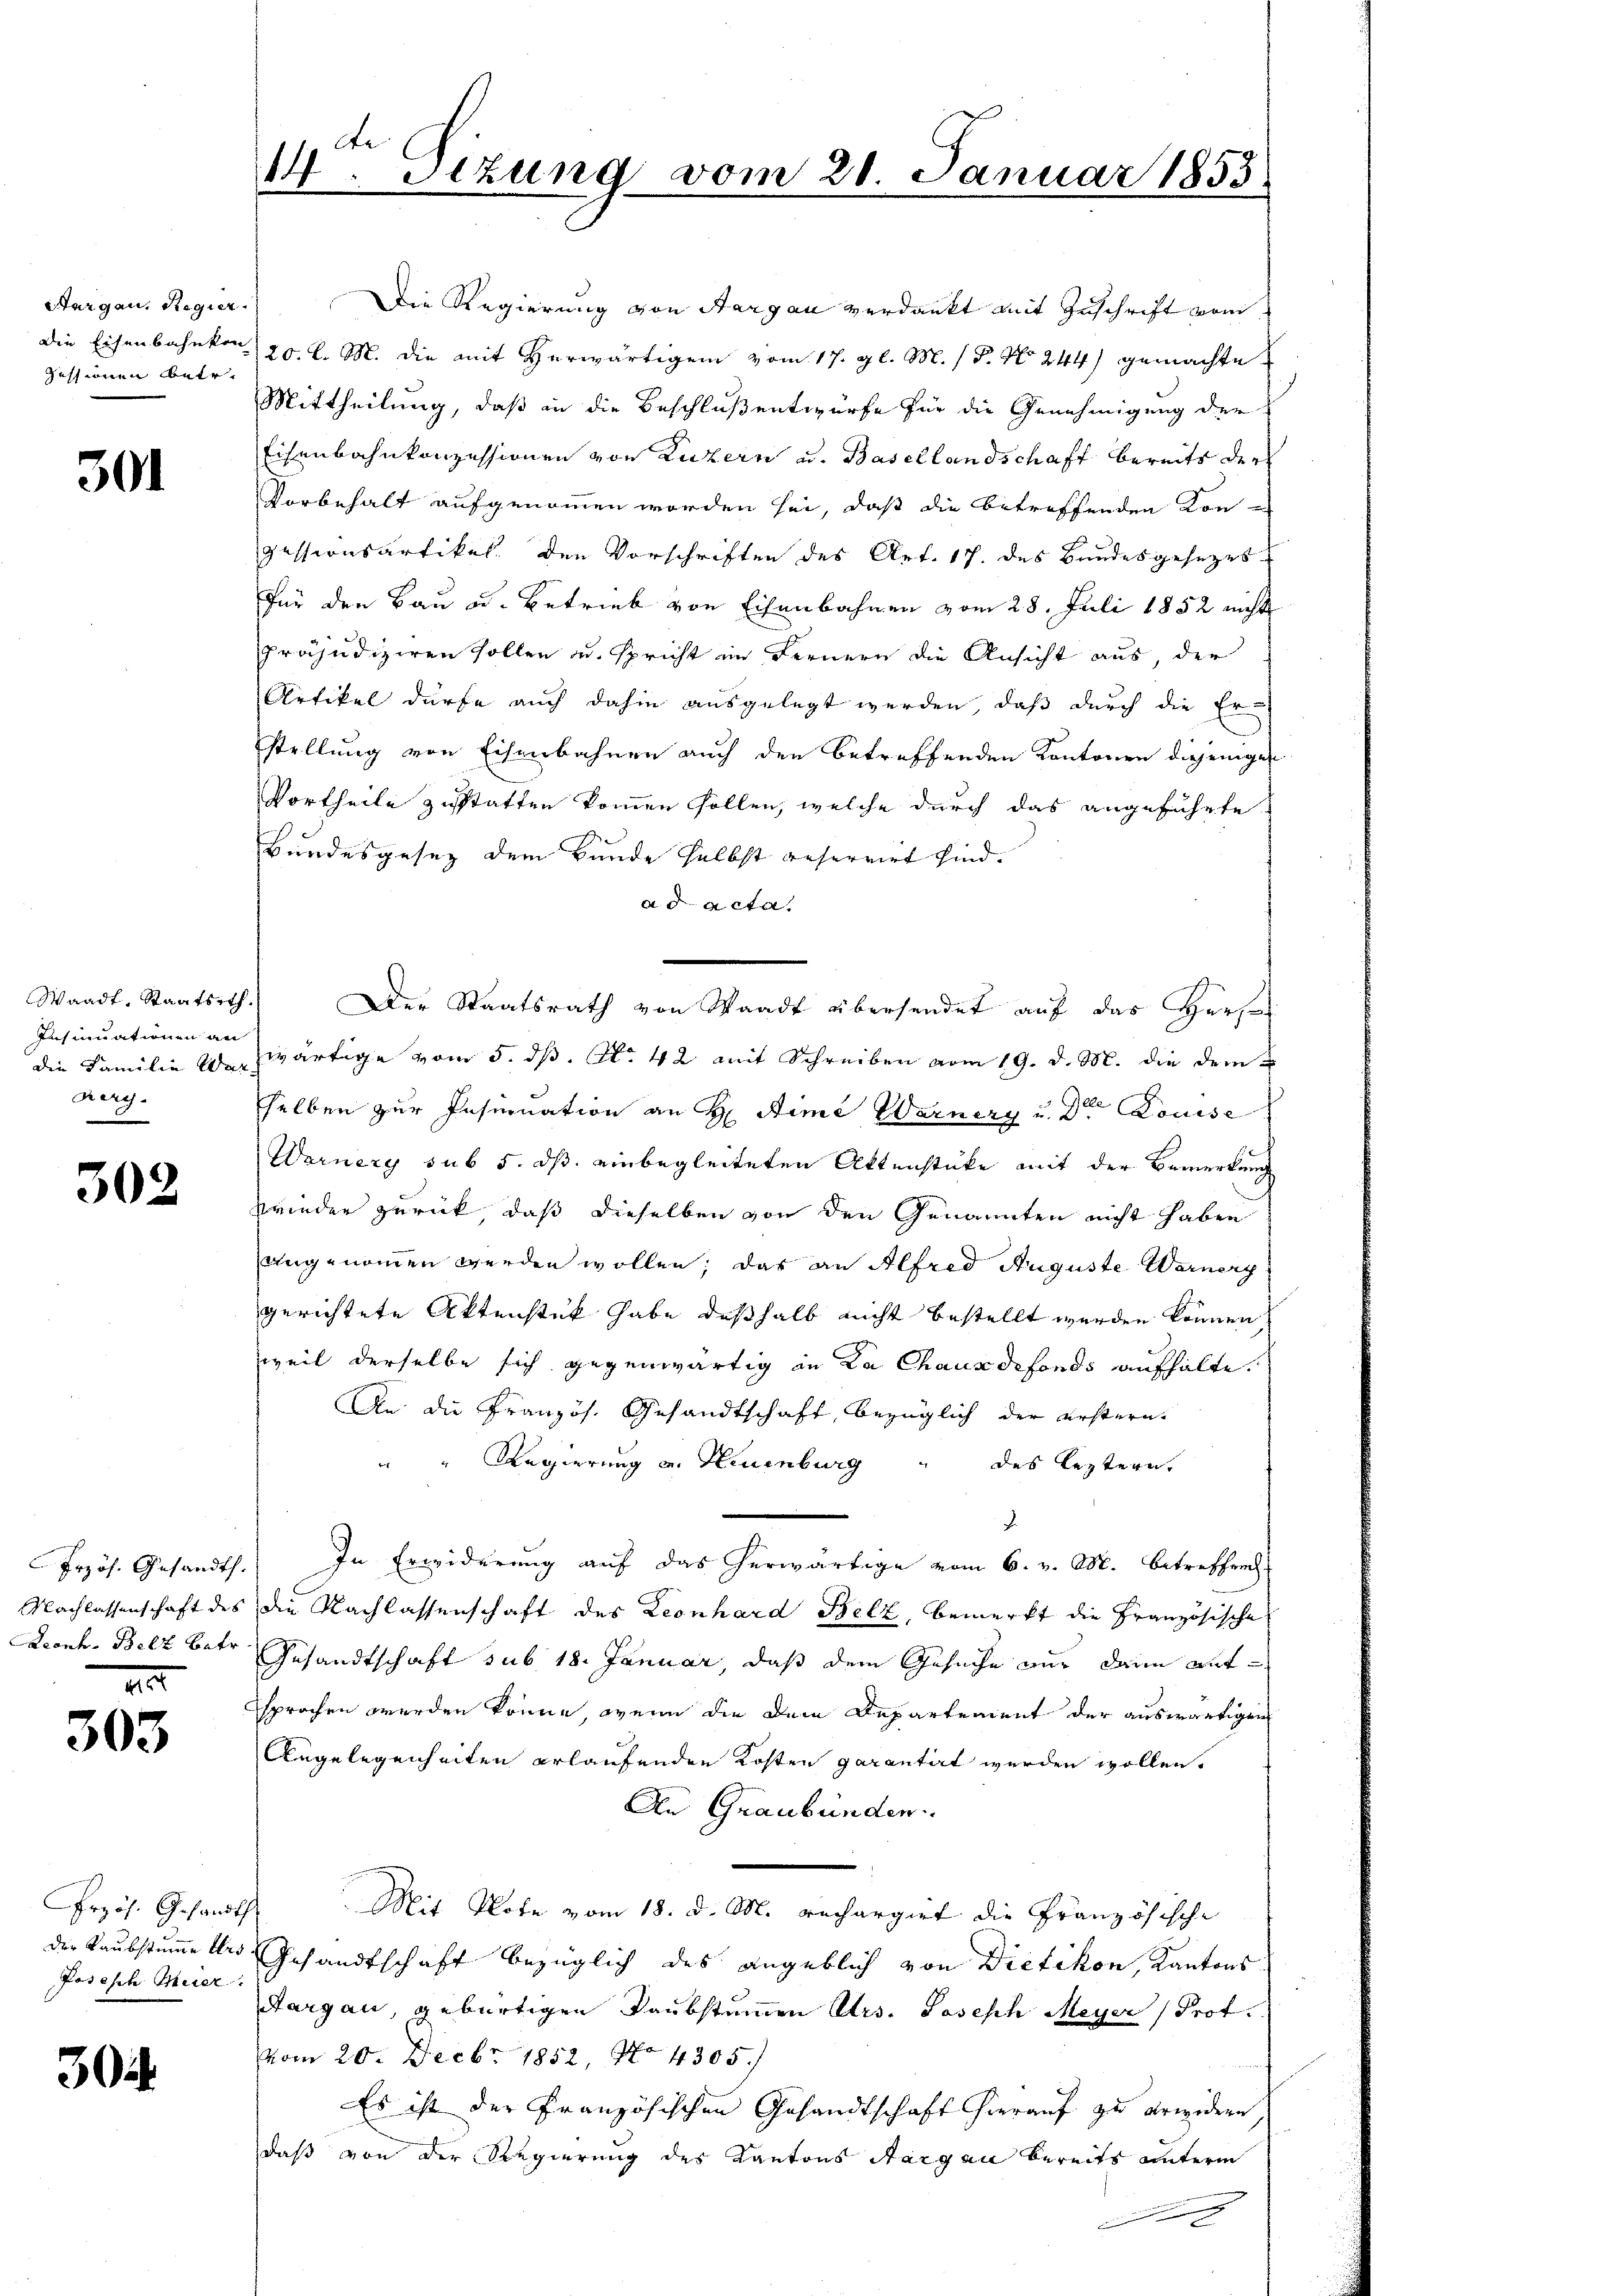
Aargau, Regier
Die Eisenbahnkon
zessinen betr.

301

Waadt, Staatsrth.
Insinuationen an
Kery.

302

Nachlassenschaft des

303

Przös. Gesandts
Posisch Meier.

30

14. Setzung vom 21. Januar 1853

Die Regierung von Aargau verdankt mit Zuschrift vom
20. l. M. die mit herwärtigem vom 17. gl. M. P. No 244) gemachte
Mittheilung, daß in die Beschluß entwürfe für die Genehmigung der
Eisenbahnkonzessionen von Luzern u. Basellandschaft bereits der
Vorbehalt aufgenommen worden sei, daß die betreffenden Kon-
Zessionsartikel. Den Vorschriften des Art. 17. des Bundesgesezes
Für den Bau u. Betrieb von Eisenbahnen vom 28. Juli 1852 nicht
präjudiziren sollen u. spricht im Fernern die Ansicht aus, der
Artikel dürfe auch dahin ausgelegt werden, daß durch die Erstellung von Eisenbahnen auch den betreffenden Kantonen diejenigen
Vortheile zustatten kommen sollen, welche durch das angeführte
Bundesgesez dem Bunde selbst reservirt sind.
ad acta.
Der Staatsrath von Waadt übersendet auf das Herze
die Familie verzwärtige vom 5. dß. N. 42 mit Schreiben vom 19. d. M. die dem
selben zur Insinuation an H Aime Warnery u. Dr Louise
Wornery sub 5. ds einbegleiteten Aktenstücke mit der Bemerkung
wieder zurück, daß dieselben von den Genannten nicht haben
angenommen werden wollen; das an Alfred Auguste Warnerg
gerichtete Aktenstück habe deßhalb nicht bestellt werden können,
weil derselbe sich gegenwärtig in La Chauxdefonds aufhalte.
An die Französ. Gesandtschaft, bezüglich der erstern
" " Regierung u. Neuenburg " des leztern,
J
Frzös. Gesandts. In Erwiderŭng auf das herwärtige vom 6. v. M. betreffend
die Nachlassenschaft des Leonhard Belz, bemerkt die Französische
Deonk. Belz betr. Gesandtschaft sub. 18. Januar, daß dem Gesuche nur dann auf
sprochen werden könne, wenn die Dein Departement der auswärtigen
Angelegenheiten erlaufenden Kosten garantirt werden wollen.
An Graubünden.
Mit Note vom 18. d. M. rechargiet die Französische
der Raubstumme des Gesandtschaft bezüglich des angeblich von Dietikon, Kantons
Aargau, gebürtigen Raubstummen Urs. Joseph Meyer (Prot
vom 20. Decbr 1852, No 4305.
Es ist der Französischen Gesandtschaft hierauf zu erwidern
daß von der Regierung des Kantons Aargau bereits unterm
x